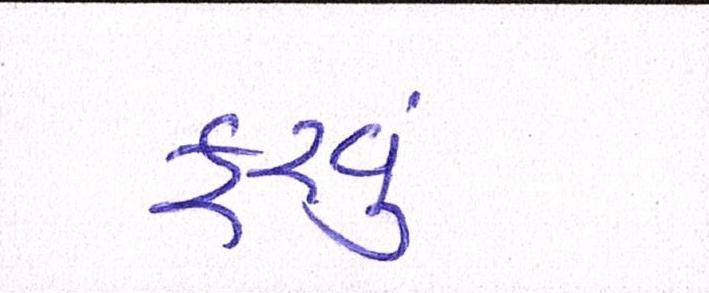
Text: ફરવુ